[Report on the health of British troops in the Madras command]
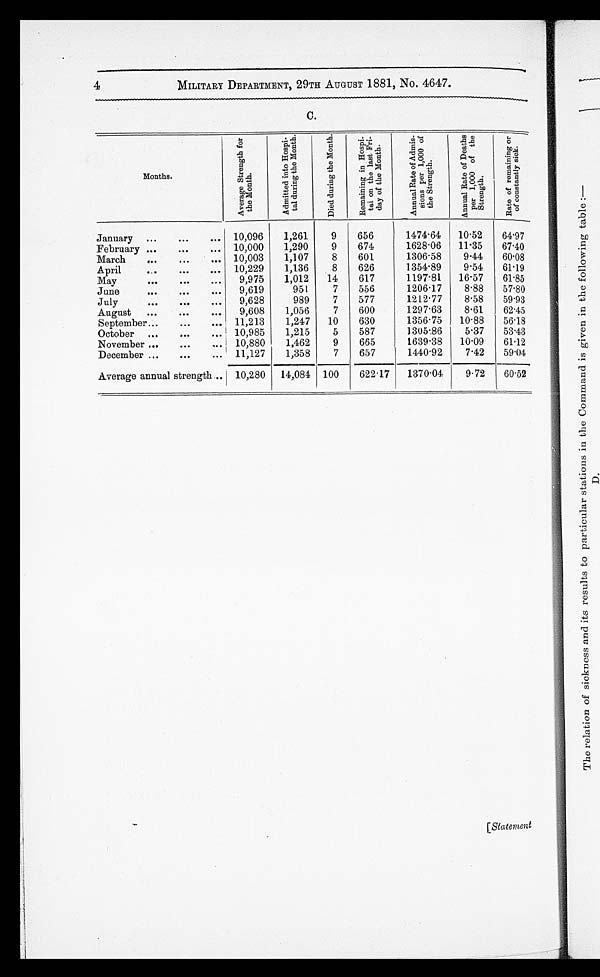
4
MILITARY DEPARTMENT, 29TH AUGUST 1881, No. 4647.
C.
Months.
A v e r a g e s t r e m g t h
f o r t h e m o n t h .
A d m i t t e d i n t o H o s p i t a l d u r i n g t h e M o n t h .
4 74
.41 '
D i e d d u r i n g t h e M o n t h .
R e m a i n i n g i n H o s p i t a l o n t h e l e a t F r i d a y o f t h e M o n t h .
A n n u a l R a t e o f A d m i s s i o n s p e r 1 , 0 0 0 o f t h e S t r e n g t h .
A n n u a l R a t e o f D e a t h s p e r 1 , 0 0 0 o f t h e S t r e n g t h .
R a t e o f r e m a i n i n g o r o f c o n s t a n t l y s i c k .
January ...
...
... 10,096
1,261
9
656
1474.64
10.52
64.97
February ...
...
...
10,000
1,290
9
674
1628.06
11 . 35
67.40
March
...
...
... 10,003
1,107
8
601
1306.58
9.44
60.08
April
. . .
...
...
10,229
1,136
8
626
1354.89
9.54
61.19
May
...
...
...
9,975
1,012
14
617
1197.81
16 . 57
61.85
June
...
...
...
9,619
951
7
556
1206.17
8.88
57.80
July
...
...
...
9,628
989
7
577
1212.77
8.58
59.93
August
...
...
...
9,608
1,056
7
600
1297.63
8.61
62.45
September... . . .
...
... 11,213
1,247
10
630
1356.75
10 . 88
56.18
October
...
...
...
10,985
1,215
5
587
1305..86
5.37
53.43
November ...
...
...
10,880
1,462
9
665
1639.38
10 . 09
61.12
December ...
...
...
11,127
1,358
7
657
1440.92
7.42
59.04
Average annual strength ... 10,280
14,084 100
622 . 17
1370.04
9.72
60.52
[Statement